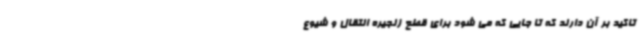
تاکید بر آن دارند که تا جایی که می شود برای قطع زنجیره انتقال و شیوع